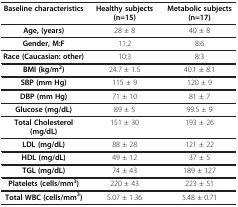
| Baseline characteristics | Healthy subjects (n=15) | Metabolic subjects (n=17) |
 | --- | --- | --- |
 | Age, (years) | 28 ± 8 | 40 ± 8 |
 | Gender, M:F | 11:2 | 8:6 |
 | Race (Caucasian: other) | 10:3 | 8:3 |
 | BMI (kg/m2) | 24.7 ± 1.5 | 40.1 ± 8.1 |
 | SBP (mm Hg) | 115 ± 9 | 120 ± 9 |
 | DBP (mm Hg) | 71 ± 10 | 81 ± 7 |
 | Glucose (mg/dL) | 89 ± 5 | 99.5 ± 9 |
 | Total Cholesterol (mg/dL) | 151 ± 30 | 193 ± 26 |
 | LDL (mg/dL) | 88 ± 28 | 121 ± 22 |
 | HDL (mg/dL) | 49 ± 12 | 37 ± 5 |
 | TGL (mg/dL) | 74 ± 43 | 189 ± 127 |
 | Platelets (cells/mm3) | 220 ± 43 | 223 ± 51 |
 | Total WBC (cells/mm3) | 5.07 ± 1.36 | 5.48 ± 0.71 |